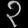
Digit: ၃